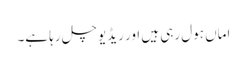
اماں ہول رہی ہیں اور ریڈیو چل رہا ہے۔